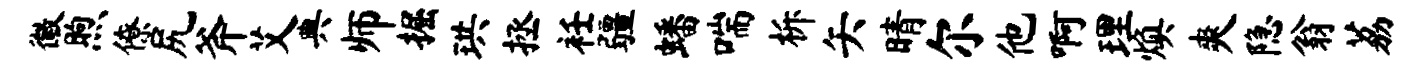
徽煦僚尻斧艾典师掘珙拯衽疆蟠喘柝矢晴尔他啊理焕爽隐翁荔